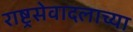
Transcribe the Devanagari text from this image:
राष्ट्रसेवादलाच्या